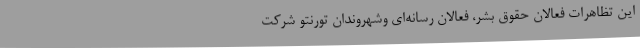
این تظاهرات فعالان حقوق بشر، فعالان رسانه‌ای وشهروندان تورنتو شرکت